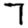
Digit: 7